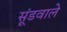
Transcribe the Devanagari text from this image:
सूंडवाले